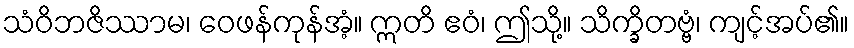
သံဝိဘဇိဿာမ၊ ဝေဖန်ကုန်အံ့။ ဣတိ ဧဝံ၊ ဤသို့။ သိက္ခိတဗ္ဗံ၊ ကျင့်အပ်၏။